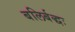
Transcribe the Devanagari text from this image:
बलिर्बद्धः